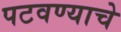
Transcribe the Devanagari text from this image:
पटवण्याचे